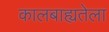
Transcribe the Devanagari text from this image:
कालबाह्यतेला